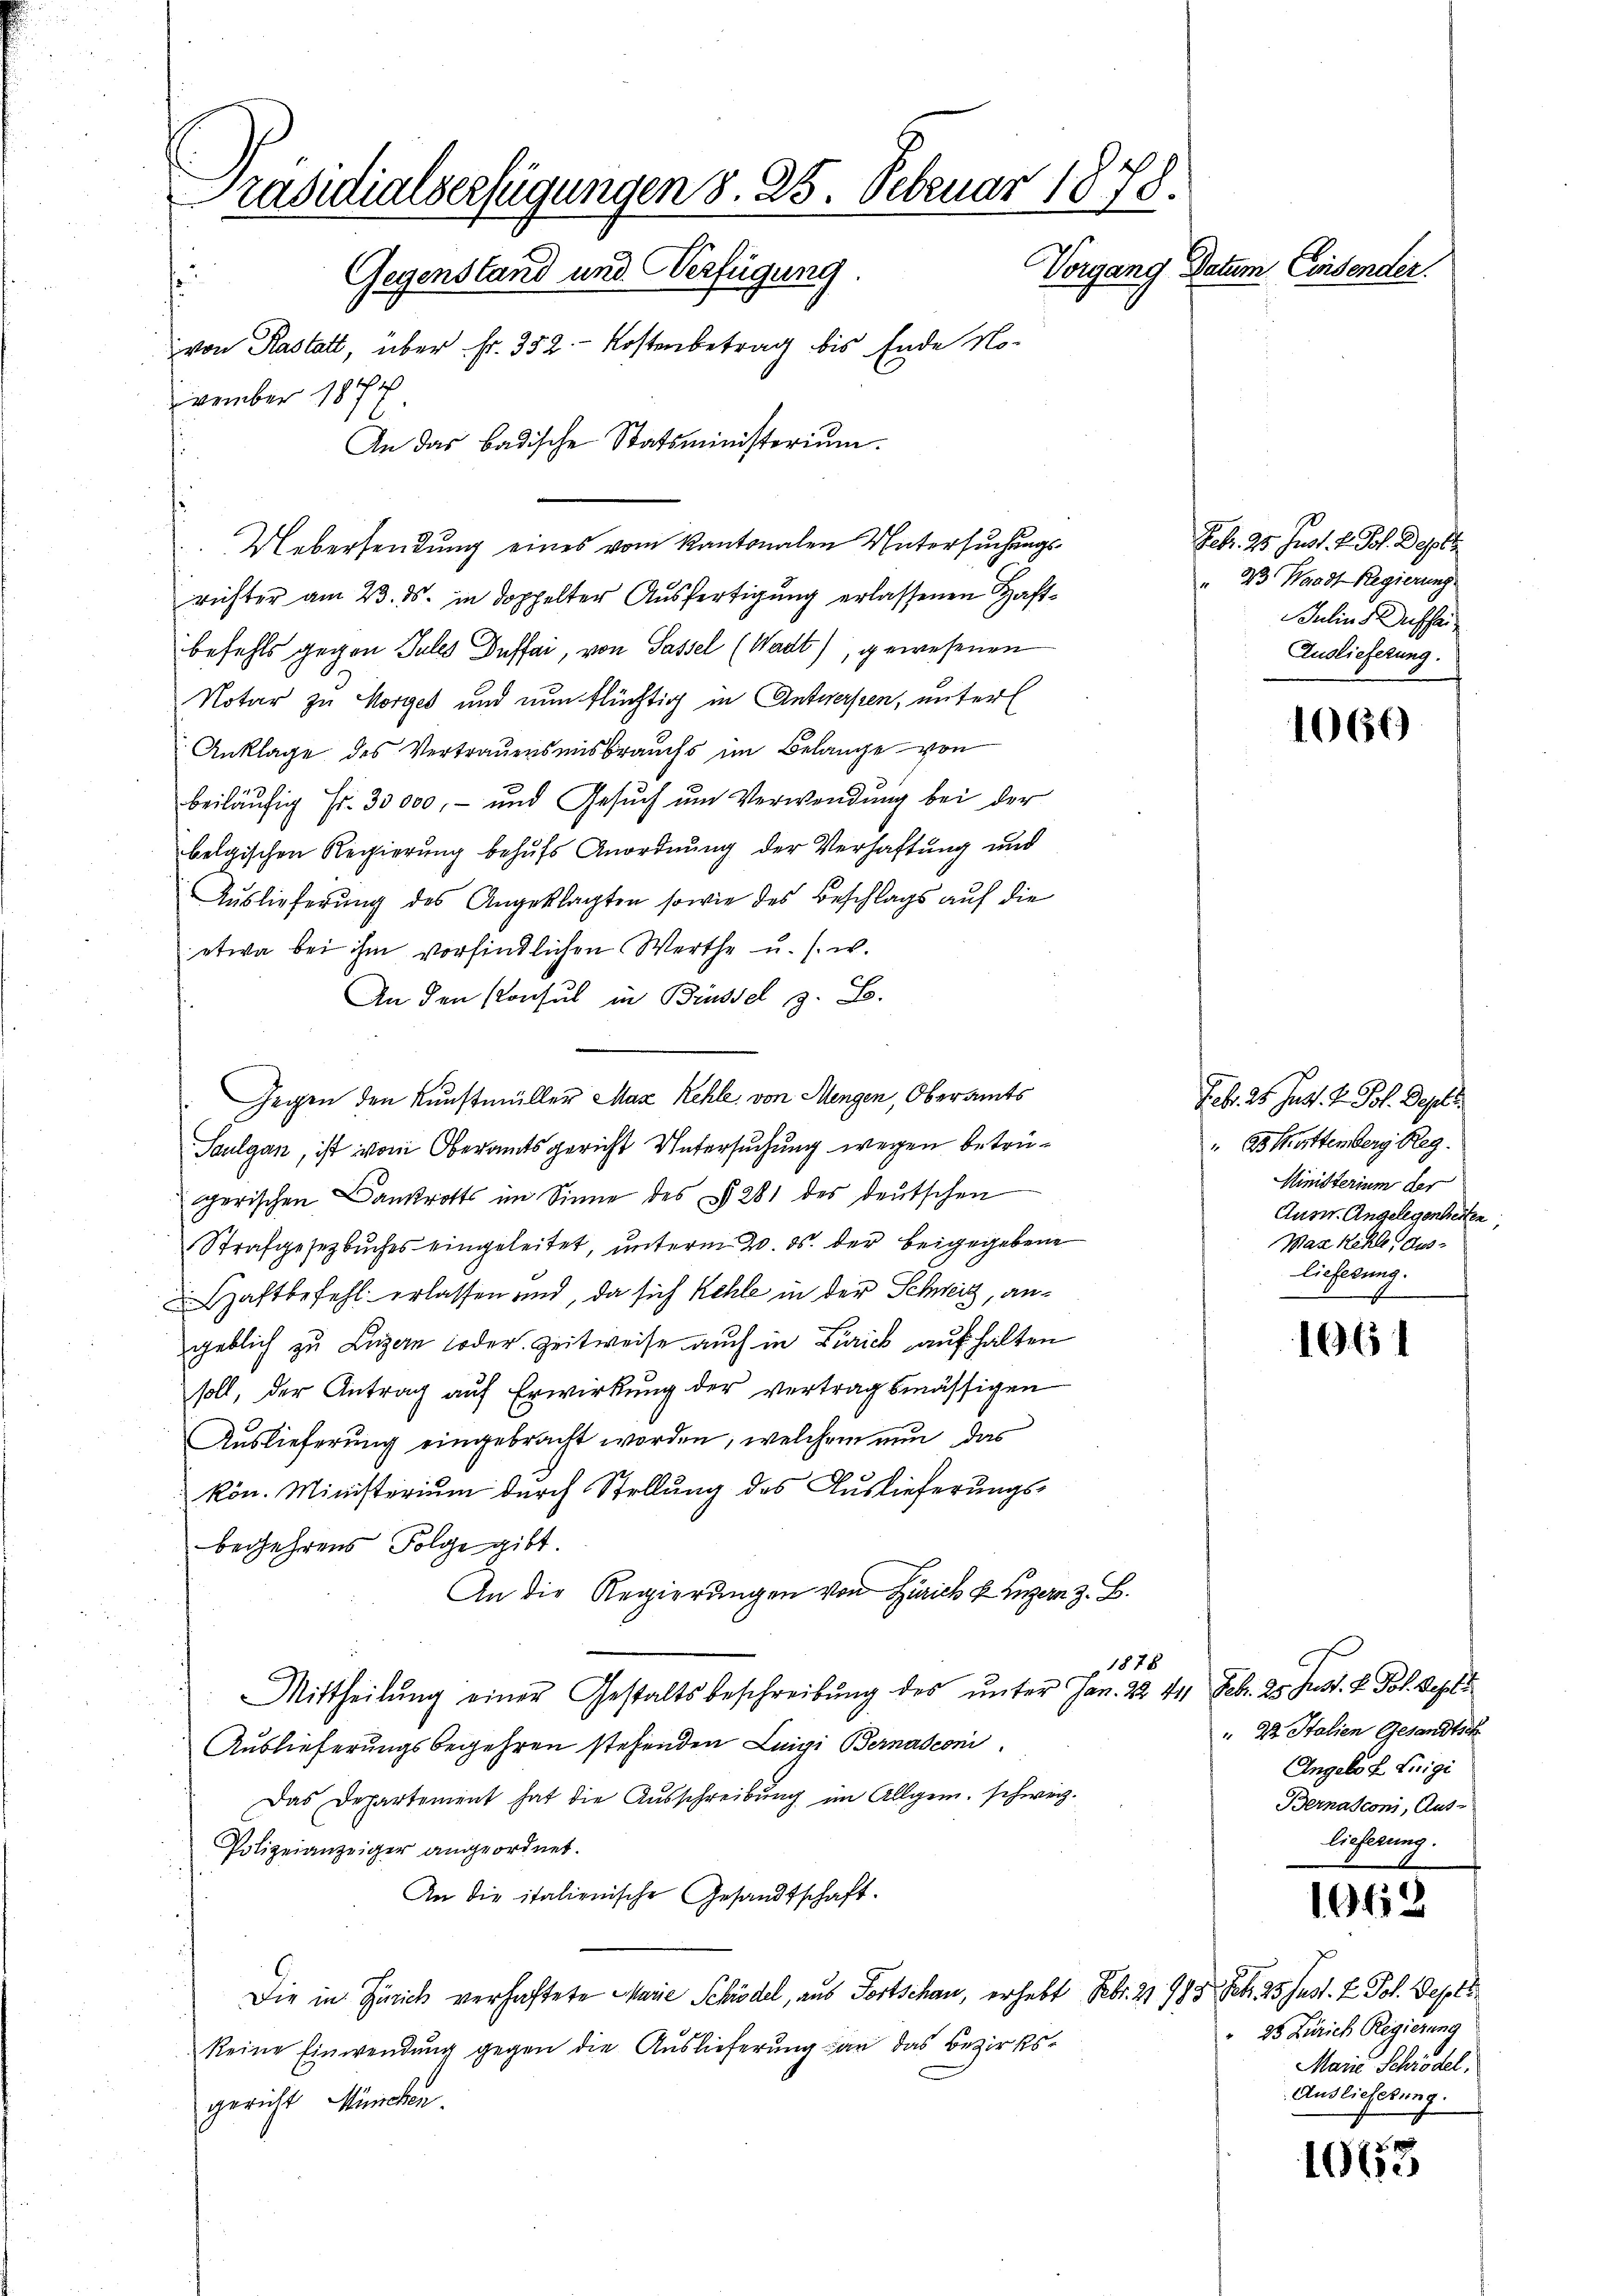
Präsidialserfügungen 8. 25. Februar 1878.
Vorgang Datum Consender.
 Gegenstand und Verfügung.
von Rastatt, über Fr. 352 - Kostenbetrag bis Ende November 1877
An das badische Statsministerium.

Uebersendung eines vom Kantonalen Untersuchungs¬

richter am 23. ds. in doppelter Ausfertigung erlassenen Haftbefehls gegen Jules Deffai, von Sassel (Wadt), gewesenen
Notar zu Morges und nun flüchtig in Antwerfen, unterl
Anklage des Vertrauensmisbrauchs im Belange von
beiläufig Fr. 33000.- und Gesŭch ŭm Verwendung bei der
belgischen Regierung behufs Anordnung der Verhaftung und
Auslieferung des Angeklagten sowie des Beschlags auf die
etwa bei ihm vorfindlichen Werthe u. s. w.
An den Konsul in Brüssel z. B.
Gegen den Kunstmüller Max Rehle, von Mengen, Oberamts
Saulgan, ist vom Oberamtsgericht Untersuchung wegen betrügerischen Bankrotts im Sinne des § 281 des deutschen
Strafgesetzbuches eingeleitet, unterm 20. ds. der beigegebene
Haftbefehl erlassen und, da sich Kehle in der Schweiz, angeblich zu Luzern oder Zeitweise auch in Zürich aufhalten
soll, der Antrag auf Erwirkung der vertragsmässigen
Auslieferung eingebracht worden, welchem nun das
kön. Ministerium durch Stellung des Auslieferungsbegehrens Folge gibt.
An die Regierŭngen von Zürich u. Luzern z. B.
1878
Mittheilŭng einer Gestaltsbeschreibŭng des ŭnter Jan. 2. 411 Febr. 25. Just. V. Pol. Septe
Auslieferungsbegehren stehenden Luigi Bernasconi
Das Departement hat die Ausschreibung im Allgem. schweiz.
Polizeianzeiger angeordnet.
An die italienische Gesandtschaft.
Die in Zürich verhaftete Marie Schrödel, aus Fortschau, erhebt Febr. 2 985 Frk. 25. Just. 2 Pol. Depes
keine Einwendung gegen die Auslieferung an das Bezirksgericht München.

Feb. 25. Just. v. Joh. Depots
" 23. Waadt Regierung.
Julius Auffa
Auslieferung.

1060

Feb. 25. Jass. v. Pol. Dept.
as Muttemberg Reg.
Ministerium der
Ausw. Angelegenheiten,
Max Kehle, auslieferung.

1061

" 22 Italien Gesandtsch
Angelo u. Luigi
Bernasconi, Aus-
lieferung.

1948

25 Zürich Regierung
Marie Schrödel.
Auslieferung.

10653